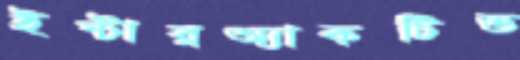
ইন্টারঅ্যাকটিভ